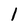
Character: l